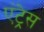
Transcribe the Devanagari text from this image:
एंट्रेस